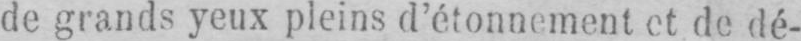
de grands yeux pleins d’étonnement et de dé-